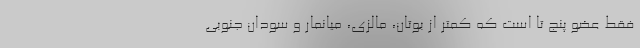
فقط عضو پنج تا است که کمتر از بوتان، مالزی، میانمار و سودان جنوبی